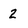
Character: 2